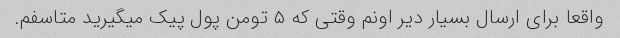
واقعا برای ارسال بسیار دیر اونم وقتی که ۵ تومن پول پیک میگیرید متاسفم.